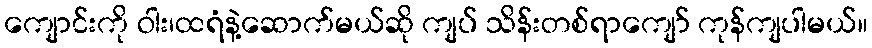
ကျောင်းကို ဝါး၊ထရံနဲ့ဆောက်မယ်ဆို ကျပ် သိန်းတစ်ရာကျော် ကုန်ကျပါမယ်။